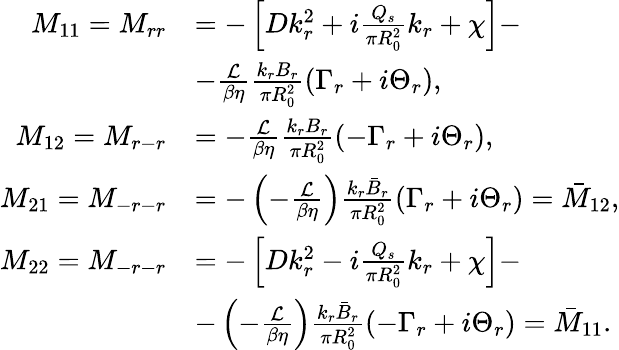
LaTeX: \begin{array}{rl}{M_{11}=M_{rr}}&{=-\left[Dk_{r}^{2}+i\frac{Q_{s}}{\pi R_{0}^{2}}k_{r}+\chi\right]-}\\ &{-\frac{\mathcal{L}}{\beta\eta}\frac{k_{r}B_{r}}{\pi R_{0}^{2}}(\Gamma_{r}+i\Theta_{r}),}\\ {M_{12}=M_{r-r}}&{=-\frac{\mathcal{L}}{\beta\eta}\frac{k_{r}B_{r}}{\pi R_{0}^{2}}(-\Gamma_{r}+i\Theta_{r}),}\\ {M_{21}=M_{-r-r}}&{=-\left(-\frac{\mathcal{L}}{\beta\eta}\right)\frac{k_{r}\bar{B}_{r}}{\pi R_{0}^{2}}(\Gamma_{r}+i\Theta_{r})=\bar{M}_{12},}\\ {M_{22}=M_{-r-r}}&{=-\left[Dk_{r}^{2}-i\frac{Q_{s}}{\pi R_{0}^{2}}k_{r}+\chi\right]-}\\ &{-\left(-\frac{\mathcal{L}}{\beta\eta}\right)\frac{k_{r}\bar{B}_{r}}{\pi R_{0}^{2}}(-\Gamma_{r}+i\Theta_{r})=\bar{M}_{11}.}\end{array}